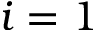
i = 1